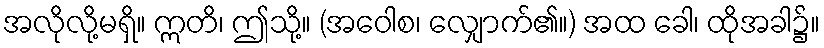
အလိုလို့မရှိ။ ဣတိ၊ ဤသို့။ (အဝေါစ၊ လျှောက်၏။) အထ ခေါ၊ ထိုအခါ၌။